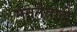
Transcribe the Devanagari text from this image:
मननेवाले